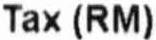
TAX (RM)